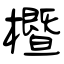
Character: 櫭